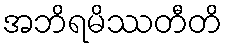
အဘိရမိဿတီတိ